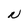
Character: N